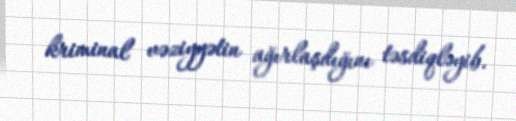
kriminal vəziyyətin ağırlaşdığını təsdiqləyib.